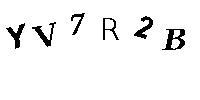
YV7R2B